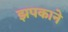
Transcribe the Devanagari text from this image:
झपकाने